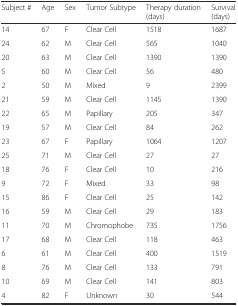
<table><thead><tr><td><b>Subject #</b></td><td><b>Age</b></td><td><b>Sex</b></td><td><b>Tumor Subtype</b></td><td><b>Therapy duration (days)</b></td><td><b>Survival (days)</b></td></tr></thead><tbody><tr><td>14</td><td>67</td><td>F</td><td>Clear Cell</td><td>1518</td><td>1687</td></tr><tr><td>24</td><td>62</td><td>M</td><td>Clear Cell</td><td>565</td><td>1040</td></tr><tr><td>20</td><td>63</td><td>M</td><td>Clear Cell</td><td>1390</td><td>1390</td></tr><tr><td>5</td><td>60</td><td>M</td><td>Clear Cell</td><td>56</td><td>480</td></tr><tr><td>2</td><td>50</td><td>M</td><td>Mixed</td><td>9</td><td>2399</td></tr><tr><td>21</td><td>59</td><td>M</td><td>Clear Cell</td><td>1145</td><td>1390</td></tr><tr><td>22</td><td>65</td><td>M</td><td>Papillary</td><td>205</td><td>347</td></tr><tr><td>19</td><td>57</td><td>M</td><td>Clear Cell</td><td>84</td><td>262</td></tr><tr><td>23</td><td>67</td><td>F</td><td>Papillary</td><td>1064</td><td>1207</td></tr><tr><td>25</td><td>71</td><td>M</td><td>Clear Cell</td><td>27</td><td>27</td></tr><tr><td>18</td><td>76</td><td>F</td><td>Clear Cell</td><td>10</td><td>216</td></tr><tr><td>9</td><td>72</td><td>F</td><td>Mixed</td><td>33</td><td>98</td></tr><tr><td>15</td><td>86</td><td>F</td><td>Clear Cell</td><td>25</td><td>142</td></tr><tr><td>16</td><td>59</td><td>M</td><td>Clear Cell</td><td>29</td><td>183</td></tr><tr><td>11</td><td>70</td><td>M</td><td>Chromophobe</td><td>735</td><td>1756</td></tr><tr><td>17</td><td>68</td><td>M</td><td>Clear Cell</td><td>118</td><td>463</td></tr><tr><td>6</td><td>61</td><td>M</td><td>Clear Cell</td><td>400</td><td>1519</td></tr><tr><td>8</td><td>76</td><td>M</td><td>Clear Cell</td><td>133</td><td>791</td></tr><tr><td>10</td><td>69</td><td>M</td><td>Clear Cell</td><td>141</td><td>803</td></tr><tr><td>4</td><td>82</td><td>F</td><td>Unknown</td><td>30</td><td>544</td></tr></tbody></table>